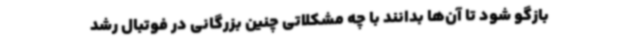
بازگو شود تا آن‌ها بدانند با چه مشکلاتی چنین بزرگانی در فوتبال رشد